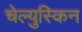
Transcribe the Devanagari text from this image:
चेल्युस्किन